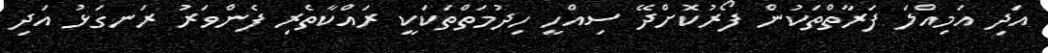
އަދި އަމިއްލަ ފަރާތްތަކުން ފޯރުކޮށްދޭ ސިއްހީ ހިދުމަތްތަކަކީ ރައްކާތެރި ފެންވަރު ރަނގަޅު އަދި